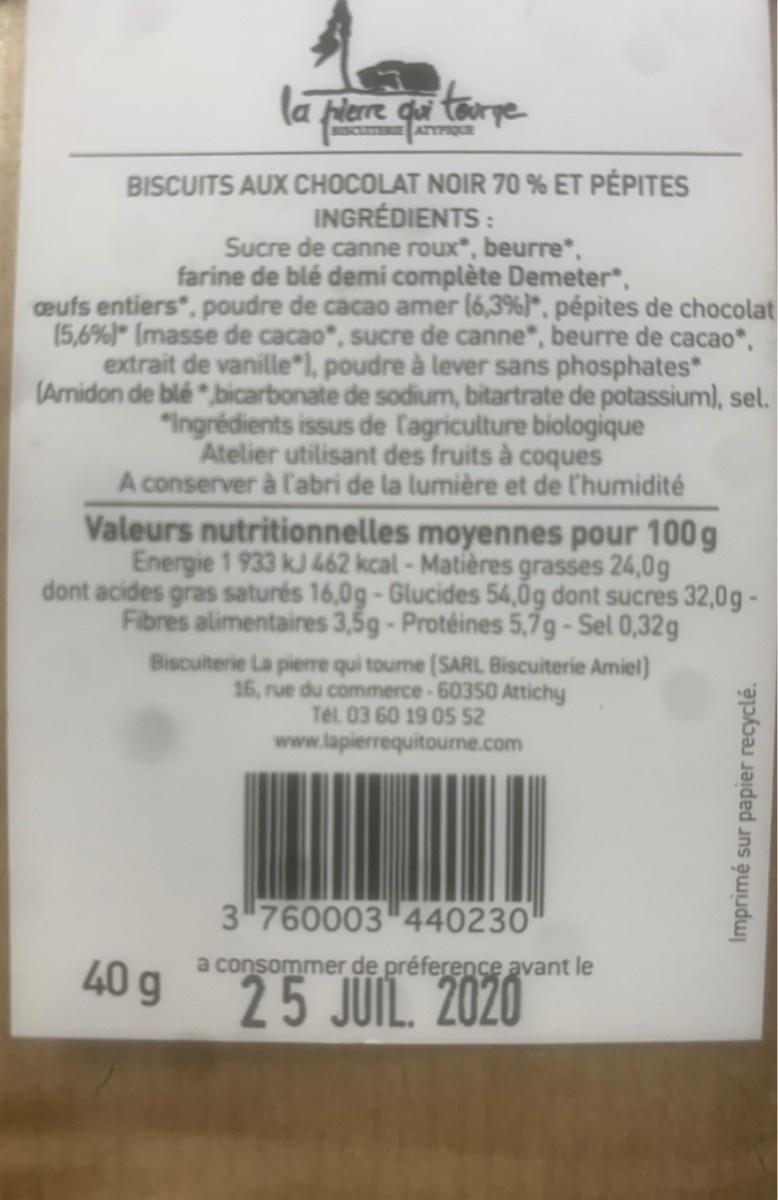
la rierre
tourpe
ISCUETERIE
BISCUITS AUX CHOCOLAT NOIR 70 % ET PÉPITES INGRÉDIENTS : Sucre de canne roux", beurre, farine de blé demi complète Demeter*, eufs entiers", poudre de cacao amer (6,3%)*, pépites de chocolat (5,6%)* (masse de cacao", sucre de canne", beurre de cacao*, extrait de vanille*), poudre à lever sans phosphates* (Amidon de blé bicarbonate de sodium, bitartrate de potassium), sel. "Ingrédients issus de lagriculture biologique Atelier utilisant des fruits à coques A conserver à l'abri de la lumière et de l'humidité Valeurs nutritionnelles moyennes pour 100 g Energie 1 933 kJ 462 kcal-Matières grasses 24,0g dont acides gras saturés 16,0g-Glucides 54,0g dont sucres 32,0g- Fibres alimentaires 3,5g-Protéines 5,7g - Sel 0,32g
Biscuiterie La pierre qui toume (SARL Biscuiterie Amiel) 16, rue du commerce-60350 Attichy Tél. 03 60 19 05 52 www.lapierrequitourne.com
3 760003 440230'
40 g
a consommer de préference avant le
25 JUIL. 2020
Imprimé sur papier recyclé.